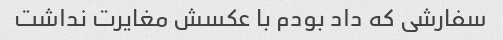
سفارشی که داد بودم با عکسش مغایرت نداشت